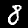
Digit: 8